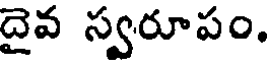
దైవ స్వరూపం.